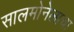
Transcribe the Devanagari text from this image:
सालमोनेलाचा